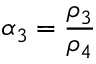
\alpha _ { 3 } = \frac { \rho _ { 3 } } { \rho _ { 4 } }